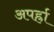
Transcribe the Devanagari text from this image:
अपर्ह्रा